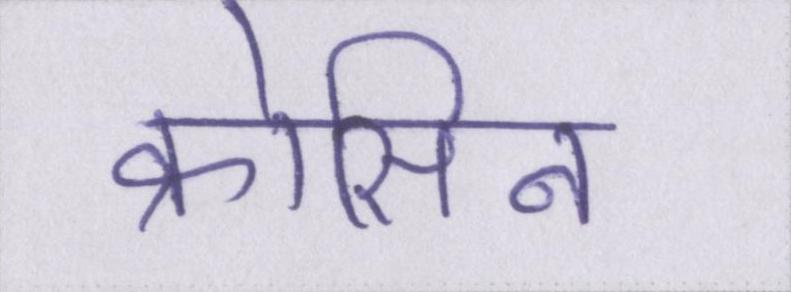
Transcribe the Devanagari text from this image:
क्रोसिन